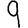
Digit: 9